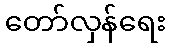
တော်လှန်ရေး